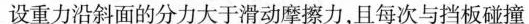
设重力沿斜面的分力大于滑动摩擦力，且每次与挡板碰撞